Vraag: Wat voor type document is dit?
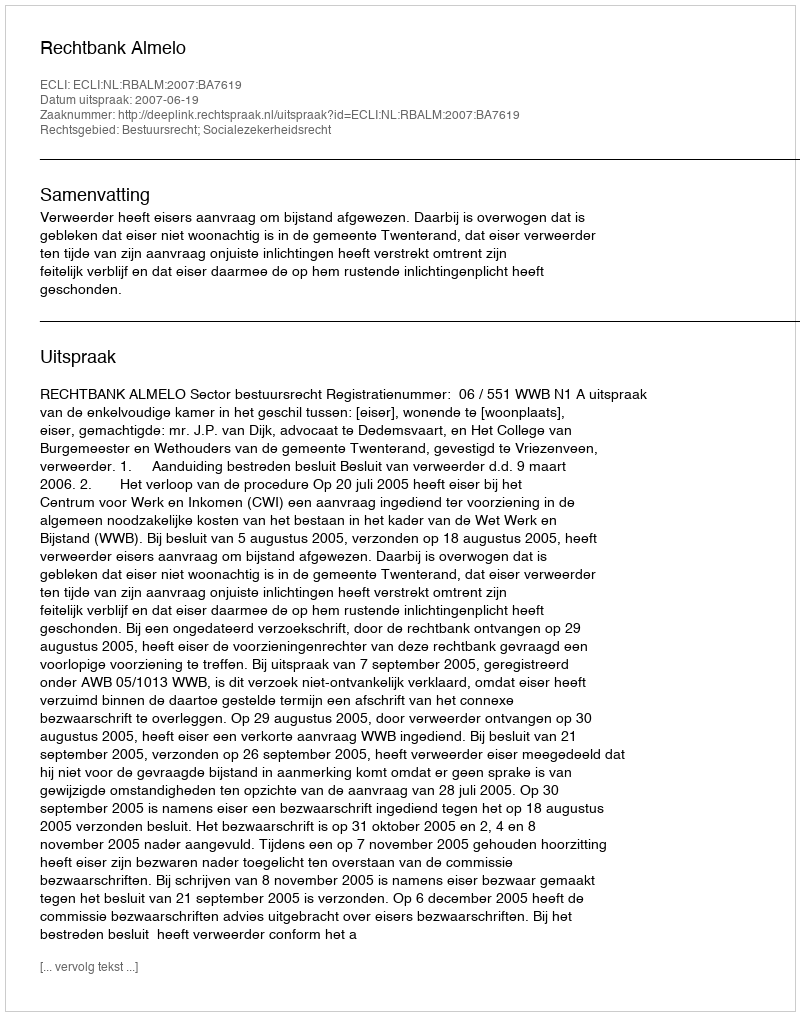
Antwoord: Uitspraak